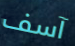
آسف